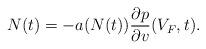
LaTeX: \begin{align*} N(t)=-a(N(t))\frac{\partial p}{\partial v}(V_F,t).\end{align*}